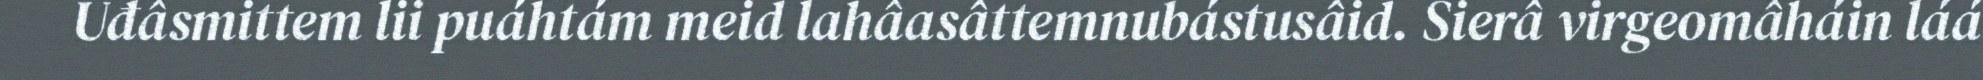
Uđâsmittem lii puáhtám meid lahâasâttemnubástusâid. Sierâ virgeomâháin láá